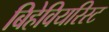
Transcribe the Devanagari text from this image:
बिहेवियरिस्ट